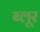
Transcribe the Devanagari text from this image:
ब्लूर